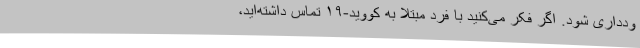
ودداری شود. اگر فکر می‌کنید با فرد مبتلا به کووید-۱۹ تماس داشته‌اید،